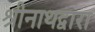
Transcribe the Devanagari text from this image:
श्रीनाथद्वारा